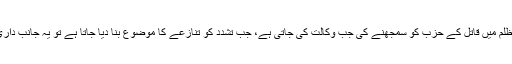
وہ جانتے ہیں کہ قتل اور ظلم میں قاتل کے حزب کو سمجھنے کی جب وکالت کی جاتی ہے، جب تشدد کو تنازعے کا موضوع بنا دیا جاتا ہے تو یہ جانب داری نہیں، دھوکہ دھڑی ہے!